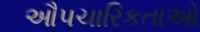
ઔપચારિકતાઓ